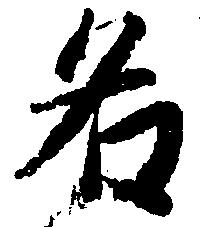
名